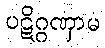
ပဋိဂ္ဂဏှာမ